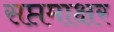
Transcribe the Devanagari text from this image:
सप्तमाक्षर